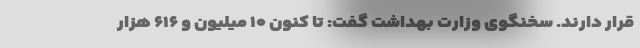
قرار دارند. سخنگوی وزارت بهداشت گفت: تا کنون ۱۰ میلیون و ۶۱۶ هزار